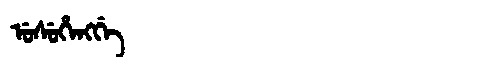
Manchu: ᡠᠰᡠᡥᡝᠩᡤᡝ
Romanization: USUHENGGE